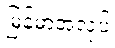
မြန်မာအလုပ်